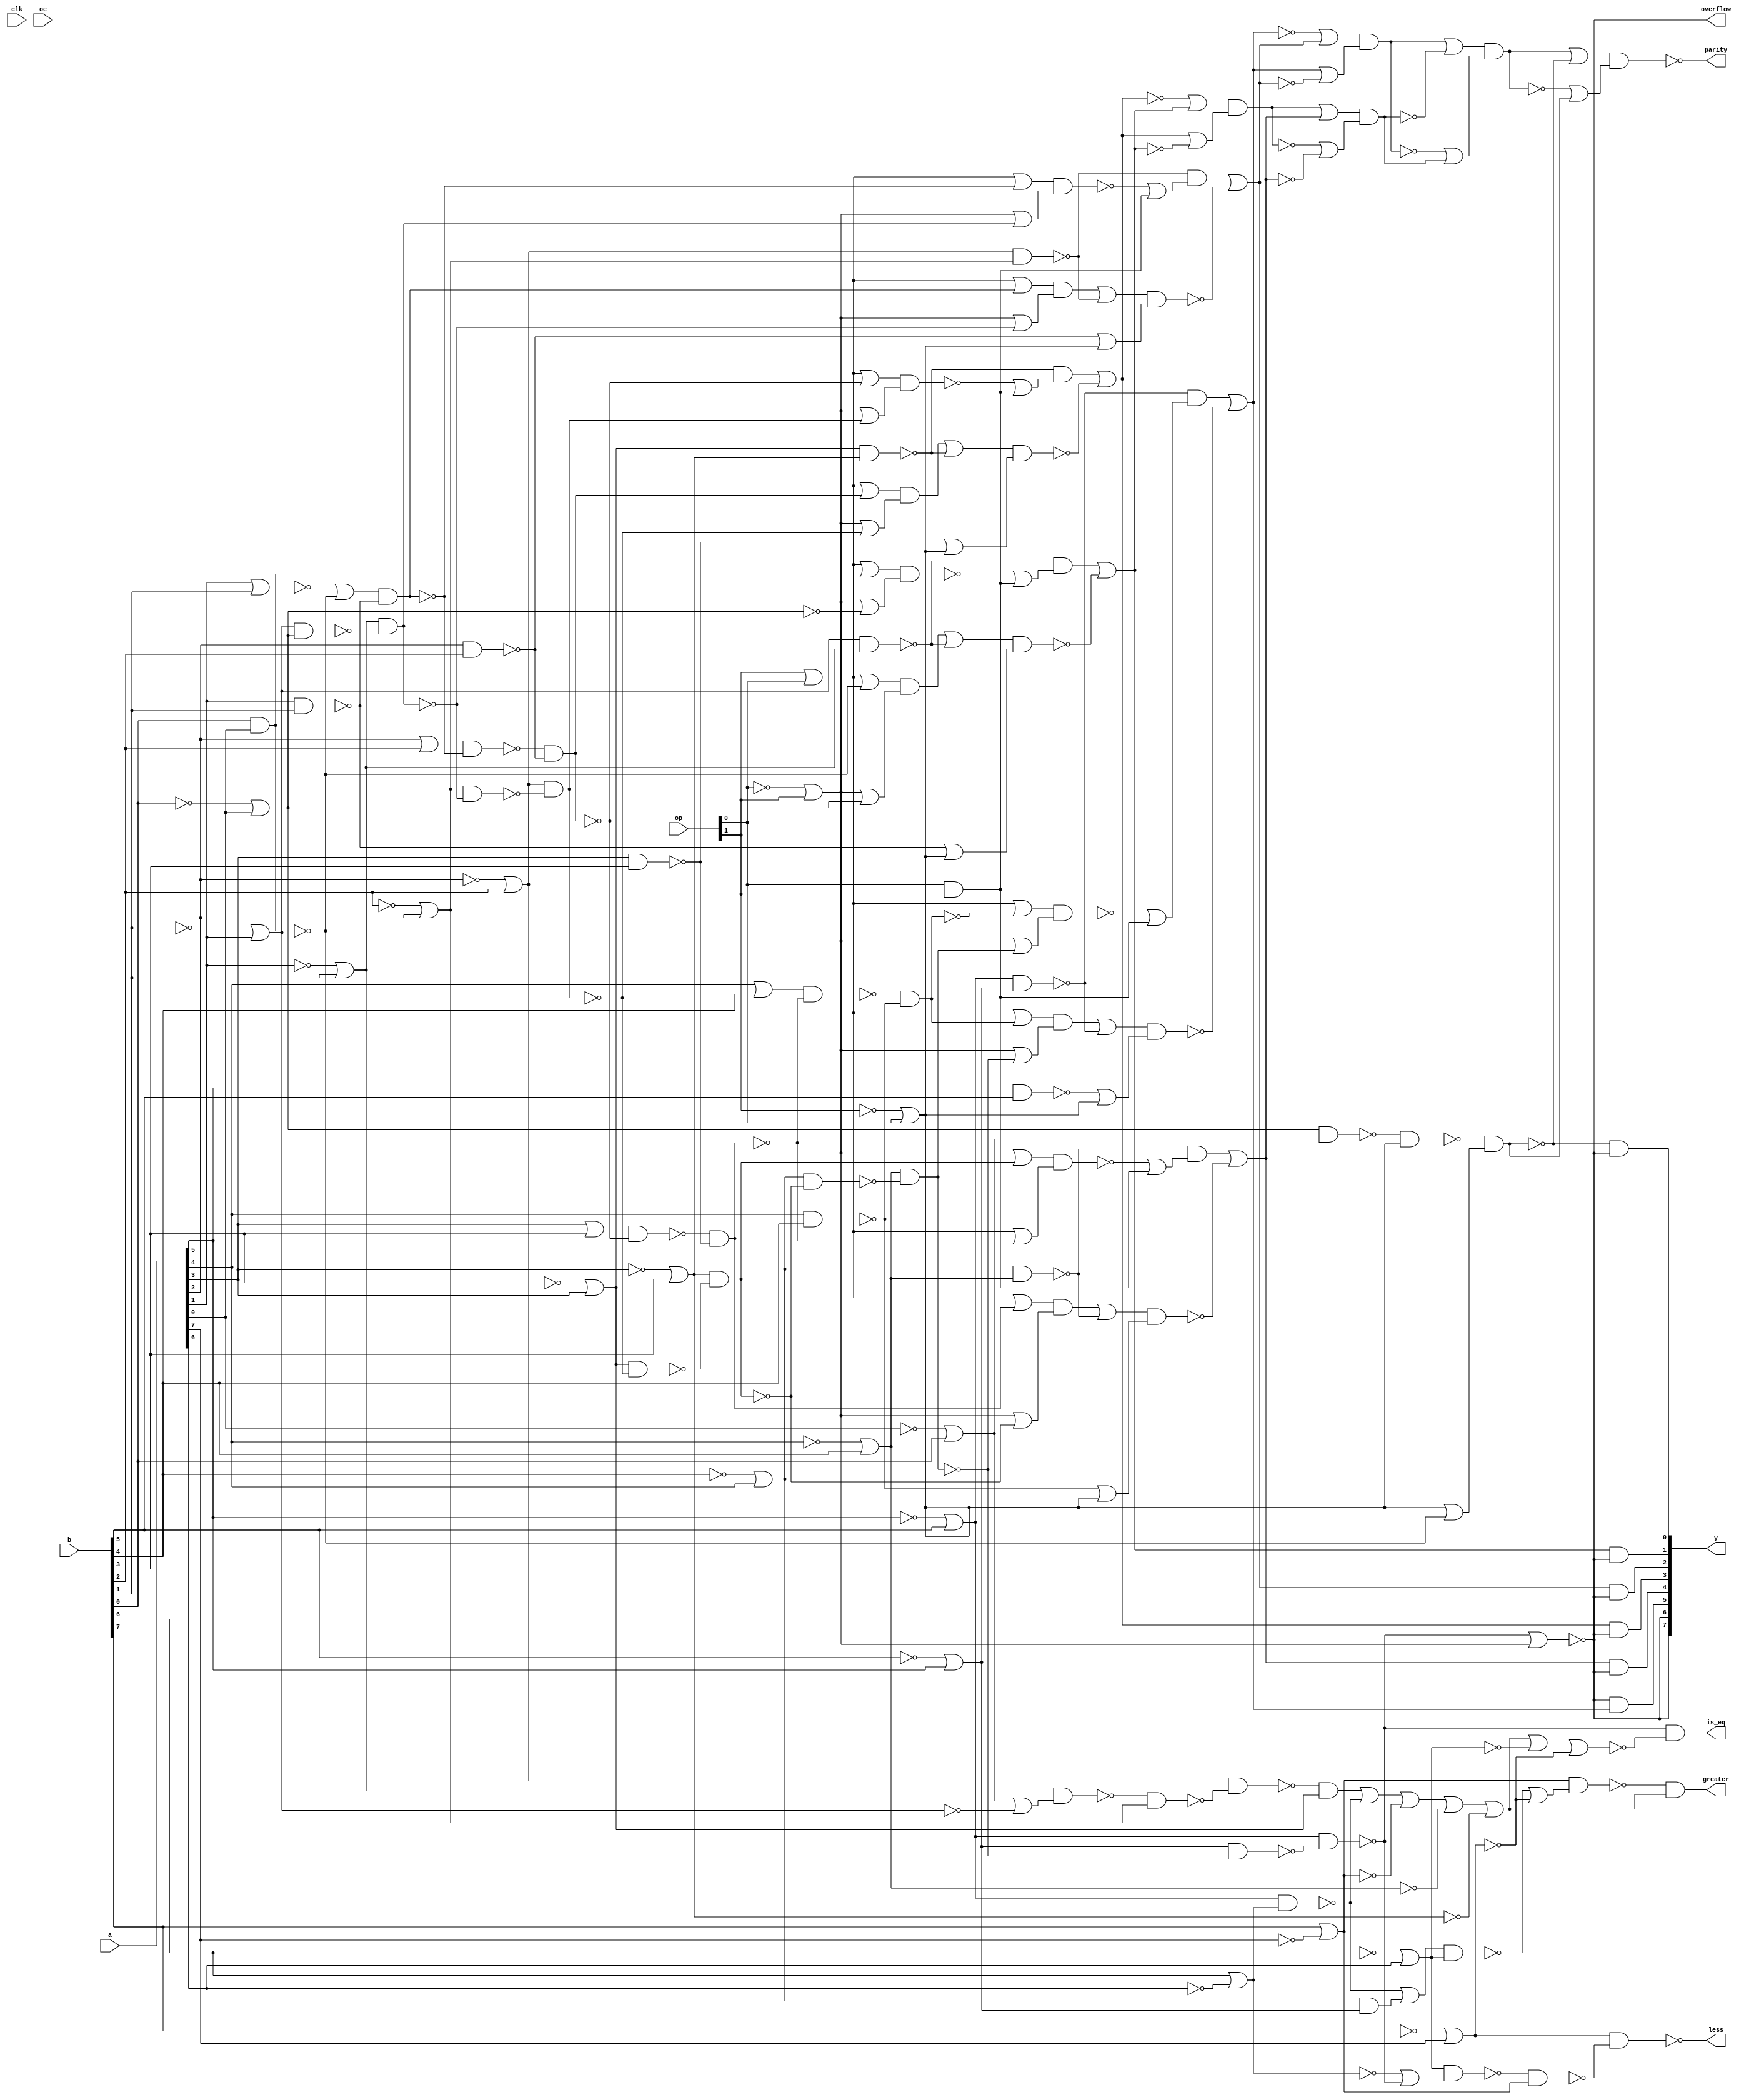

// Generated by Cadence Genus(TM) Synthesis Solution 20.10-p003_1
// Generated on: Mar 31 2021 19:16:46 PDT (Apr  1 2021 02:16:46 UTC)

// Verification Directory fv/top 

module top(clk, a, b, op, oe, y, parity, overflow, greater, is_eq,
     less);
  input clk, oe;
  input [7:0] a, b;
  input [1:0] op;
  output [7:0] y;
  output parity, overflow, greater, is_eq, less;
  wire clk, oe;
  wire [7:0] a, b;
  wire [1:0] op;
  wire [7:0] y;
  wire parity, overflow, greater, is_eq, less;
  wire n_41, n_47, n_56, n_64, n_69, n_140, n_143, n_144;
  wire n_185, n_190, n_191, n_192, n_193, n_194, n_195, n_264;
  wire n_339, n_360, n_369, n_410, n_413, n_445, n_446, n_450;
  wire n_451, n_453, n_455, n_464, n_465, n_467, n_468, n_474;
  wire n_475, n_476, n_483, n_484, n_486, n_496, n_497, n_502;
  wire n_503, n_505, n_519, n_520, n_521, n_522, n_524, n_535;
  wire n_536, n_537, n_538, n_539, n_540, n_541, n_543, n_544;
  wire n_545, n_546, n_547, n_548, n_549, n_550, n_551, n_552;
  wire n_553, n_554, n_555, n_561, n_568, n_569, n_570, n_575;
  wire n_576, n_579, n_584, n_585, n_588, n_595, n_596, n_597;
  wire n_602, n_603, n_606, n_611, n_612, n_615, n_620, n_621;
  wire n_626, n_627, n_634, n_635, n_636, n_641, n_642, n_651;
  wire n_652, n_653, n_654, n_657, n_662, n_663, n_670, n_671;
  wire n_672, n_677, n_678, n_683, n_684, n_687, n_694, n_695;
  wire n_696, n_701, n_702, n_705, n_710, n_711, n_714, n_725;
  wire n_726, n_727, n_728, n_729, n_732, n_735, n_744, n_745;
  wire n_746, n_747, n_756, n_757, n_758, n_759, n_768, n_769;
  wire n_770, n_771, n_780, n_781, n_782, n_783, n_802, n_803;
  wire n_804, n_805, n_806, n_807, n_811, n_812, n_819, n_820;
  assign overflow = y[7];
  assign y[6] = y[7];
  or g380 (n_264, wc, op[1]);
  not gc (wc, op[0]);
  or g1006 (n_446, wc0, a[1]);
  not gc0 (wc0, b[1]);
  or g1358 (n_464, wc1, a[3]);
  not gc1 (wc1, b[3]);
  or g1362 (n_468, wc2, a[4]);
  not gc2 (wc2, b[4]);
  or g1363 (n_475, wc3, a[5]);
  not gc3 (wc3, b[5]);
  or g1365 (n_465, b[7], wc4);
  not gc4 (wc4, a[7]);
  or g1366 (n_467, wc5, a[6]);
  not gc5 (wc5, b[6]);
  or g1367 (n_476, b[6], wc6);
  not gc6 (wc6, a[6]);
  nand g1802 (n_497, b[0], a[0]);
  or g1887 (n_484, wc7, a[2]);
  not gc7 (wc7, b[2]);
  or g1889 (n_496, wc8, a[0]);
  not gc8 (wc8, b[0]);
  or g1890 (n_483, wc9, a[7]);
  not gc9 (wc9, b[7]);
  or g1985 (n_535, a[4], b[4]);
  or g1993 (n_539, a[2], b[2]);
  or g1995 (n_540, a[3], b[3]);
  or g1997 (n_541, a[1], b[1]);
  or g2173 (n_802, wc10, n_195);
  not gc10 (wc10, n_451);
  or g2174 (n_803, n_451, wc11);
  not gc11 (wc11, n_195);
  nand g2175 (parity, n_802, n_803);
  or g2176 (n_804, wc12, n_450);
  not gc12 (wc12, n_502);
  or g2177 (n_805, n_502, wc13);
  not gc13 (wc13, n_450);
  nand g2178 (n_451, n_804, n_805);
  or g2179 (n_806, wc14, n_193);
  not gc14 (wc14, n_190);
  or g2180 (n_807, n_190, wc15);
  not gc15 (wc15, n_193);
  nand g2181 (n_502, n_806, n_807);
  nand g2184 (less, n_483, n_732);
  or g2185 (n_190, wc16, n_729);
  not gc16 (wc16, n_728);
  nand g2186 (n_732, n_536, n_465);
  nand g2189 (n_536, n_467, n_714);
  nand g2190 (n_728, n_140, n_544);
  or g2193 (n_811, wc17, n_191);
  not gc17 (wc17, n_503);
  or g2194 (n_812, n_503, wc18);
  not gc18 (wc18, n_191);
  nand g2195 (n_450, n_811, n_812);
  nand g2200 (n_729, n_726, n_727);
  or g2205 (n_69, n_505, n_264);
  not g2206 (y[7], n_69);
  or g2207 (n_191, wc19, n_783);
  not gc19 (wc19, n_782);
  or g2208 (n_714, wc20, n_505);
  not gc20 (wc20, n_476);
  or g2209 (n_726, wc21, n_140);
  not gc21 (wc21, n_545);
  or g2210 (n_711, n_710, wc22);
  not gc22 (wc22, n_483);
  or g2211 (n_544, n_696, wc23);
  not gc23 (wc23, n_486);
  nand g2212 (n_783, n_780, n_781);
  or g2213 (n_710, n_339, wc24);
  not gc24 (wc24, n_467);
  nand g2216 (n_545, n_701, n_702);
  nand g2217 (n_782, n_445, n_550);
  nand g2218 (n_505, n_455, n_705);
  or g2219 (n_819, wc25, n_194);
  not gc25 (wc25, n_192);
  or g2220 (n_820, n_192, wc26);
  not gc26 (wc26, n_194);
  nand g2221 (n_503, n_819, n_820);
  nand g2222 (n_696, n_694, n_695);
  nand g2223 (n_705, n_475, n_413);
  or g2224 (n_339, n_654, wc27);
  not gc27 (wc27, n_519);
  or g2225 (n_780, wc28, n_445);
  not gc28 (wc28, n_551);
  or g2226 (n_694, n_185, n_453);
  or g2227 (n_192, wc29, n_771);
  not gc29 (wc29, n_770);
  or g2228 (n_695, n_264, wc30);
  not gc30 (wc30, n_413);
  or g2229 (n_701, n_185, wc31);
  not gc31 (wc31, n_453);
  or g2230 (n_702, n_264, n_413);
  or g2231 (n_550, n_672, wc32);
  not gc32 (wc32, n_486);
  nand g2232 (n_672, n_670, n_671);
  nand g2233 (n_413, n_522, n_687);
  or g2234 (n_654, n_653, wc33);
  not gc33 (wc33, n_522);
  nand g2235 (n_770, n_64, n_546);
  nand g2236 (n_453, n_683, n_684);
  nand g2237 (n_771, n_768, n_769);
  nand g2238 (n_551, n_677, n_678);
  or g2239 (n_671, n_185, n_47);
  or g2240 (n_193, wc34, n_759);
  not gc34 (wc34, n_758);
  or g2241 (n_546, n_636, wc35);
  not gc35 (wc35, n_486);
  or g2242 (n_768, wc36, n_64);
  not gc36 (wc36, n_547);
  or g2243 (n_670, n_264, wc37);
  not gc37 (wc37, n_369);
  nand g2244 (n_683, n_535, n_47);
  nand g2245 (n_687, n_468, n_369);
  or g2246 (n_678, n_264, n_369);
  or g2247 (n_677, n_185, wc38);
  not gc38 (wc38, n_47);
  or g2248 (n_653, n_652, wc39);
  not gc39 (wc39, n_465);
  nand g2249 (n_547, n_641, n_642);
  nand g2250 (n_759, n_756, n_757);
  nand g2251 (n_636, n_634, n_635);
  nand g2252 (n_758, n_143, n_552);
  or g2253 (n_652, wc40, n_524);
  not gc40 (wc40, n_651);
  nand g2254 (n_369, n_519, n_657);
  nand g2255 (n_47, n_662, n_663);
  or g2256 (n_552, n_597, wc41);
  not gc41 (wc41, n_486);
  or g2257 (n_756, wc42, n_143);
  not gc42 (wc42, n_553);
  or g2258 (n_634, n_185, n_56);
  nand g2259 (n_657, n_464, n_410);
  or g2260 (n_194, wc43, n_747);
  not gc43 (wc43, n_746);
  nand g2261 (n_538, n_465, n_627);
  or g2262 (n_641, n_185, wc44);
  not gc44 (wc44, n_56);
  or g2263 (n_642, n_264, n_410);
  nand g2264 (n_662, n_540, n_56);
  nand g2265 (n_651, n_555, n_464);
  or g2266 (n_635, n_264, wc45);
  not gc45 (wc45, n_410);
  nand g2267 (n_56, n_620, n_621);
  nand g2268 (n_553, n_602, n_603);
  nand g2269 (n_747, n_744, n_745);
  or g2270 (n_627, n_626, wc46);
  not gc46 (wc46, n_483);
  nand g2271 (n_597, n_595, n_596);
  nand g2272 (n_410, n_521, n_615);
  nand g2273 (n_555, n_521, n_606);
  nand g2274 (n_746, n_144, n_548);
  or g2275 (n_548, n_570, wc47);
  not gc47 (wc47, n_486);
  or g2276 (n_595, n_185, n_41);
  nand g2277 (n_195, n_611, n_612);
  nand g2278 (n_626, n_537, n_467);
  nand g2279 (n_620, n_539, n_41);
  or g2280 (n_596, n_264, wc48);
  not gc48 (wc48, n_360);
  nand g2281 (n_615, n_484, n_360);
  or g2282 (n_603, n_264, n_360);
  or g2283 (n_602, n_185, wc49);
  not gc49 (wc49, n_41);
  or g2284 (n_744, wc50, n_144);
  not gc50 (wc50, n_549);
  nand g2285 (n_606, n_554, n_484);
  nand g2286 (n_611, n_543, n_474);
  nand g2287 (n_360, n_520, n_579);
  or g2288 (n_537, n_524, wc51);
  not gc51 (wc51, n_588);
  nand g2289 (n_554, n_520, n_735);
  nand g2290 (n_41, n_584, n_585);
  nand g2291 (n_549, n_575, n_576);
  nand g2292 (n_570, n_568, n_569);
  or g2293 (n_757, n_621, n_474);
  nand g2294 (n_143, n_521, n_484);
  nand g2295 (n_64, n_464, n_519);
  or g2296 (n_612, n_474, n_497);
  or g2297 (n_727, n_725, n_474);
  nand g2298 (n_543, n_496, n_561);
  or g2299 (n_769, n_663, n_474);
  nand g2300 (n_579, n_446, n_496);
  nand g2301 (n_524, n_455, n_476);
  nand g2302 (n_588, n_468, n_475);
  or g2303 (n_584, wc52, n_497);
  not gc52 (wc52, n_541);
  or g2304 (n_781, n_684, n_474);
  nand g2305 (n_144, n_446, n_520);
  or g2306 (n_568, n_185, wc53);
  not gc53 (wc53, n_497);
  or g2307 (n_569, n_264, wc54);
  not gc54 (wc54, n_496);
  or g2308 (n_735, n_561, wc55);
  not gc55 (wc55, n_446);
  or g2309 (n_575, n_185, n_497);
  or g2310 (n_576, n_264, n_496);
  or g2311 (n_745, n_585, n_474);
  nand g2312 (n_445, n_468, n_522);
  nand g2313 (n_140, n_455, n_475);
  nand g2314 (n_486, op[0], op[1]);
  or g2315 (n_520, wc56, b[1]);
  not gc56 (wc56, a[1]);
  or g2316 (n_521, wc57, b[2]);
  not gc57 (wc57, a[2]);
  or g2317 (n_519, wc58, b[3]);
  not gc58 (wc58, a[3]);
  or g2318 (n_522, wc59, b[4]);
  not gc59 (wc59, a[4]);
  nand g2319 (n_725, a[5], b[5]);
  nand g2320 (n_684, a[4], b[4]);
  nand g2321 (n_663, a[3], b[3]);
  or g2322 (n_474, wc60, op[0]);
  not gc60 (wc60, op[1]);
  nand g2323 (n_621, a[2], b[2]);
  nand g2324 (n_585, a[1], b[1]);
  or g2325 (n_185, op[1], op[0]);
  or g2326 (n_561, wc61, b[0]);
  not gc61 (wc61, a[0]);
  or g2327 (n_455, wc62, b[5]);
  not gc62 (wc62, a[5]);
  and g2328 (greater, n_538, n_339);
  and g2329 (y[1], n_194, wc63);
  not gc63 (wc63, n_69);
  and g2330 (is_eq, n_505, wc64);
  not gc64 (wc64, n_711);
  and g2331 (y[4], n_191, wc65);
  not gc65 (wc65, n_69);
  and g2332 (y[0], n_195, wc66);
  not gc66 (wc66, n_69);
  and g2333 (y[3], n_192, wc67);
  not gc67 (wc67, n_69);
  and g2334 (y[2], n_193, wc68);
  not gc68 (wc68, n_69);
  and g2335 (y[5], wc69, n_190);
  not gc69 (wc69, n_69);
endmodule